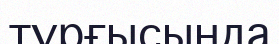
тұрғысында